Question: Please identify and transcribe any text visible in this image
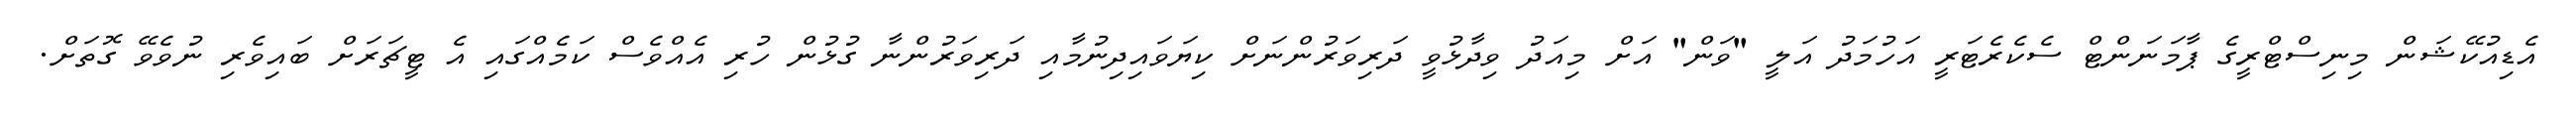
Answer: އެޑިއުކޭޝަން މިނިސްޓްރީގެ ޕާމަނަންޓް ސެކެރެޓަރީ އަހުމަދު އަލީ "ވަން" އަށް މިއަދު ވިދާޅުވީ ދަރިވަރުންނަށް ކިޔަވައިދިނުމާއި ދަރިވަރުންނާ ގުޅުން ހުރި އެއްވެސް ކަމެއްގައި އެ ޓީޗަރަށް ބައިވެރި ނުވެވޭ ގޮތަށް.